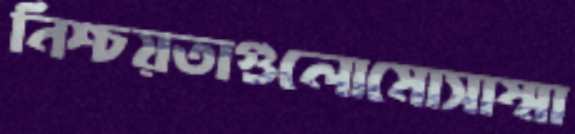
নিশ্চয়তাগুলোমোসাম্মা